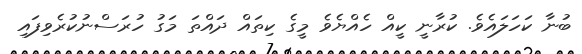
ބުނާ ކަހަލައެވެ. ކުރާނީ ކީއް ހެއްޔެވެ މީގެ ކިތައް ދައްތަ މަގު ހުރަސްނުކުރެވިފައި